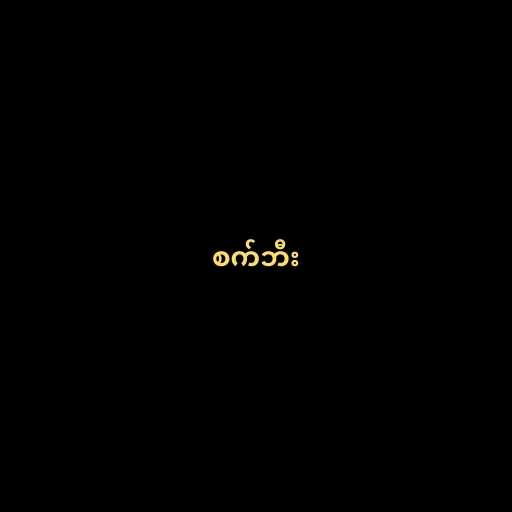
စက်ဘီး